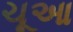
ચૂઆ